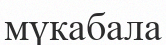
мүкабала